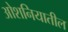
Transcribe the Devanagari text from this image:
ओशनियातील